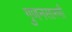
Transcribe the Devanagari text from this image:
गुणनसारणी